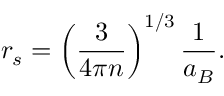
r _ { s } = \left( \frac { 3 } { 4 \pi n } \right) ^ { 1 / 3 } \frac { 1 } { a _ { B } } .